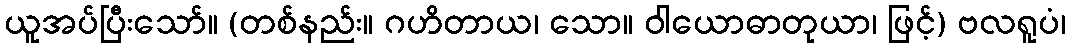
ယူအပ်ပြီးသော်။ (တစ်နည်း။ ဂဟိတာယ၊ သော။ ဝါယောဓာတုယာ၊ ဖြင့်) ဗလရူပံ၊